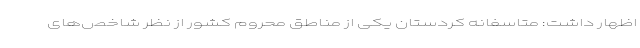
اظهار داشت: متاسفانه کردستان یکی از مناطق محروم کشور از نظر شاخص‌های